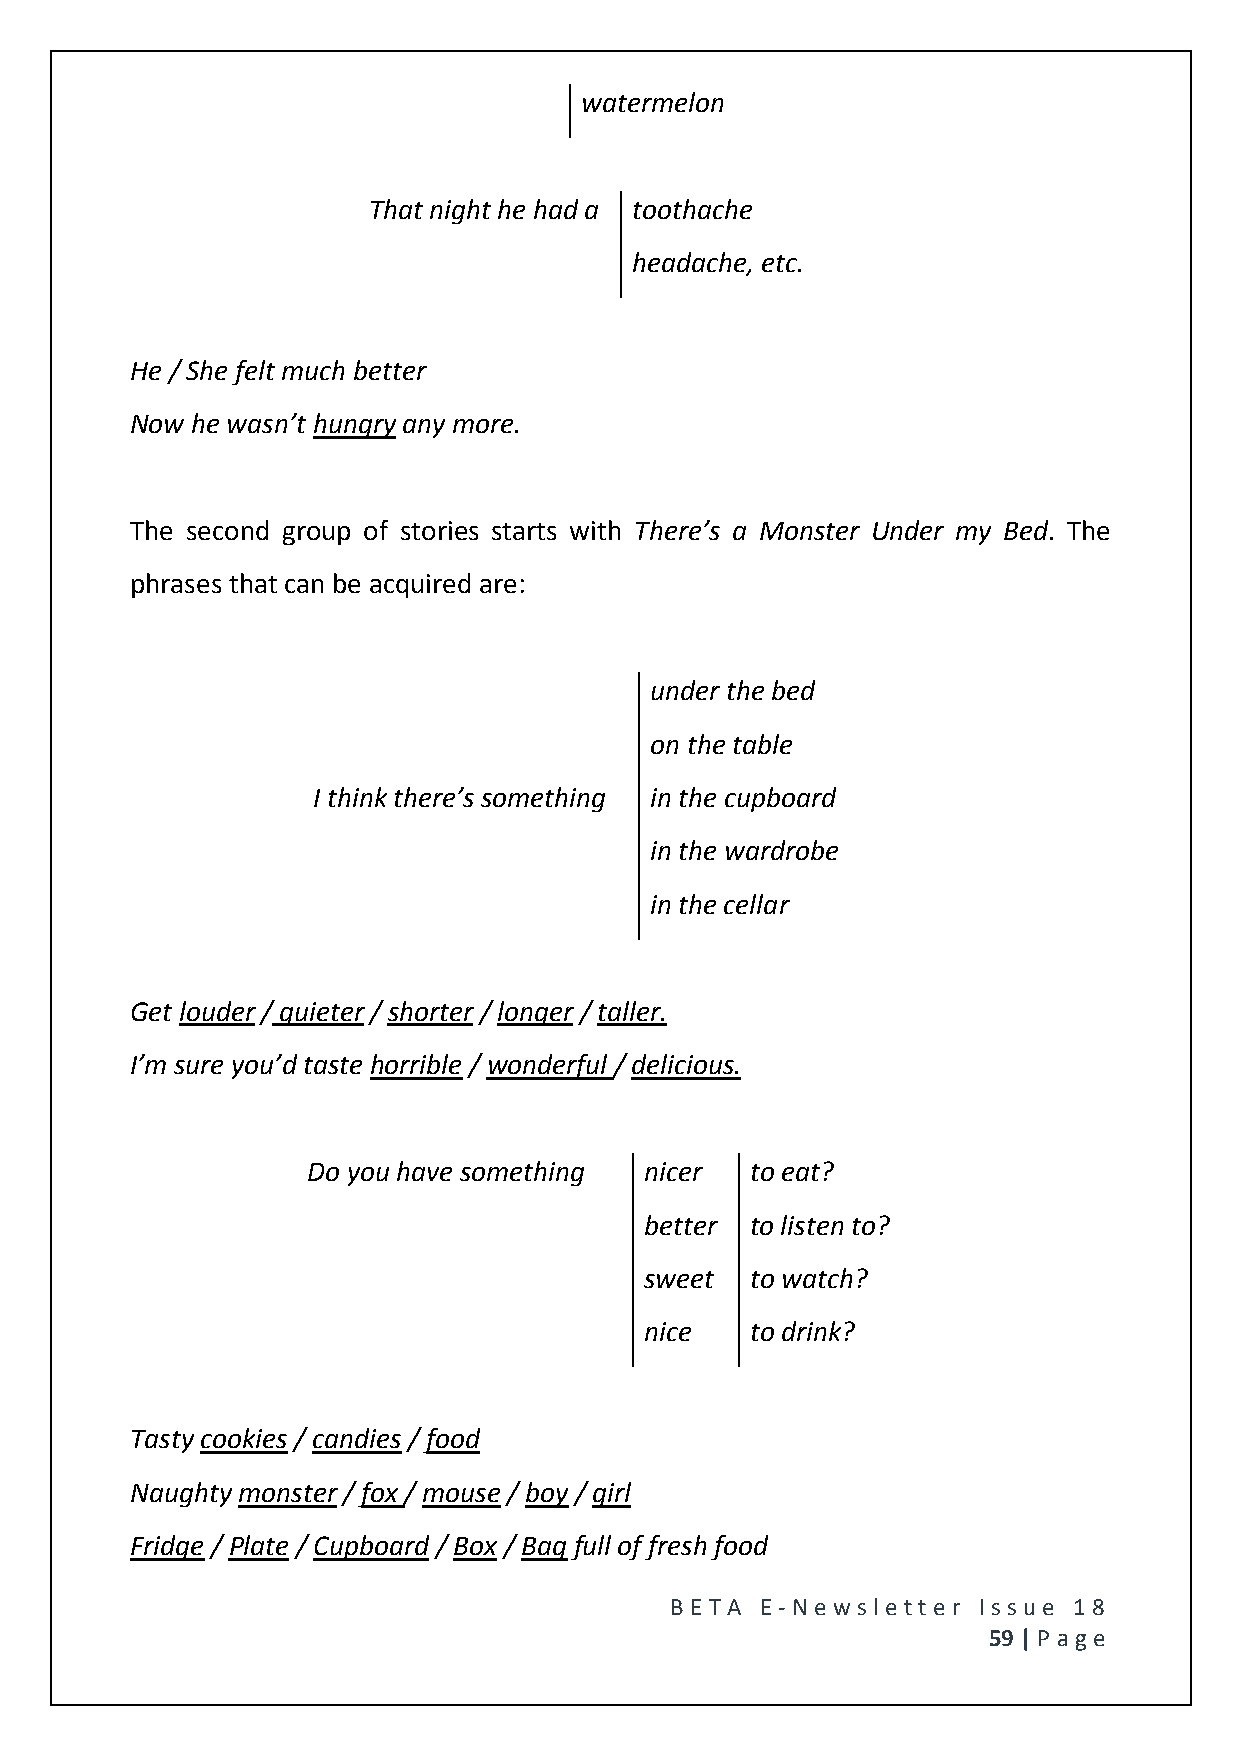
watermelon
 That night he had a toothache
 headache, etc.
 He / She felt much better
 Now he wasn’t hungry any more.
 The second group of stories starts with There’s a Monster Under my Bed. The
 phrases that can be acquired are:
 under the bed
 on the table
 I think there’s something in the cupboard
 in the wardrobe
 in the cellar
 Get louder / quieter / shorter / longer / taller.
 I’m sure you’d taste horrible / wonderful / delicious.
 Do you have something  nicer  to eat?
 better to listen to?
 sweet  to watch?
 nice   to drink?
 Tasty cookies / candies / food
 Naughty monster / fox / mouse / boy / girl
 Fridge / Plate / Cupboard / Box / Bag full of fresh food
 BE T A E -N e wsle tt e r Issue 18
 59 | P age